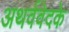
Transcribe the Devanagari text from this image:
अथर्ववेदके